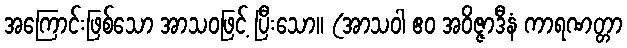
အကြောင်းဖြစ်သော အာသဝဖြင့် ပြီးသော။ (အာသဝါ ဧဝ အဝိဇ္ဇာဒီနံ ကာရဏတ္တာ